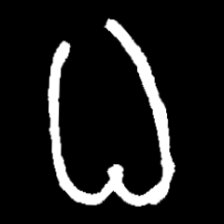
Pyu character \u2014 Myanmar letter: ဓ (romanized: dha)